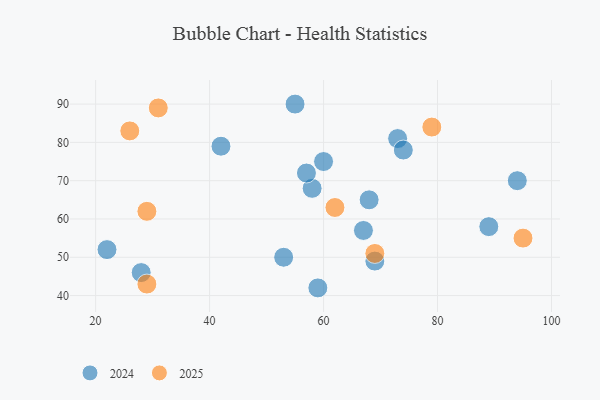
{"axis": {"x": "GDP", "y": "Life Expectancy"}, "legend": ["2024", "2025"], "data": [{"x": "29", "y": 62, "type": "2025"}, {"x": "29", "y": 43, "type": "2025"}, {"x": "62", "y": 63, "type": "2025"}, {"x": "31", "y": 89, "type": "2025"}, {"x": "26", "y": 83, "type": "2025"}, {"x": "69", "y": 51, "type": "2025"}, {"x": "79", "y": 84, "type": "2025"}, {"x": "95", "y": 55, "type": "2025"}, {"x": "58", "y": 68, "type": "2024"}, {"x": "28", "y": 46, "type": "2024"}, {"x": "53", "y": 50, "type": "2024"}, {"x": "73", "y": 81, "type": "2024"}, {"x": "94", "y": 70, "type": "2024"}, {"x": "55", "y": 90, "type": "2024"}, {"x": "74", "y": 78, "type": "2024"}, {"x": "69", "y": 49, "type": "2024"}, {"x": "60", "y": 75, "type": "2024"}, {"x": "57", "y": 72, "type": "2024"}, {"x": "67", "y": 57, "type": "2024"}, {"x": "59", "y": 42, "type": "2024"}, {"x": "42", "y": 79, "type": "2024"}, {"x": "22", "y": 52, "type": "2024"}, {"x": "89", "y": 58, "type": "2024"}, {"x": "68", "y": 65, "type": "2024"}]}